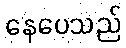
နေပေသည်